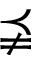
\precneqq